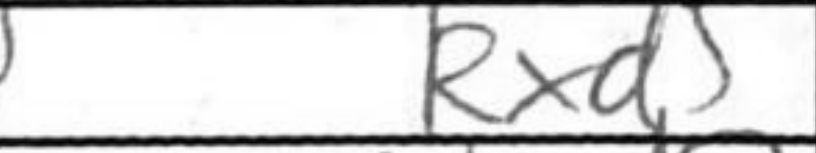
Transcription: Rxd5